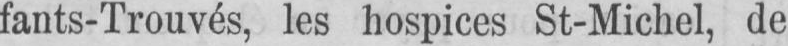
fants-Trouvés, les hospices St-Michel, de